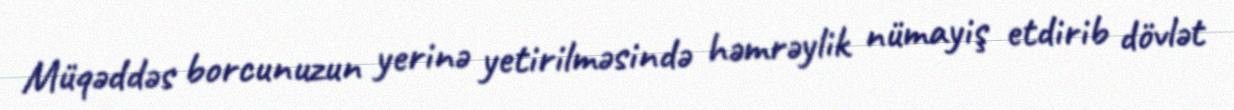
Müqəddəs borcunuzun yerinə yetirilməsində həmrəylik nümayiş etdirib dövlət